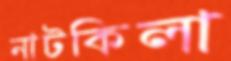
নাটকিলা